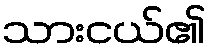
သားငယ်၏